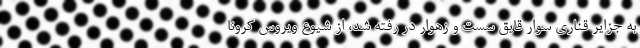
به جزایر قناری سوار قایق سست و زهوار در رفته شد، از شیوع ویروس کرونا